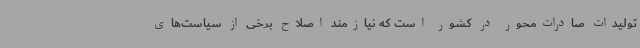
تولیدات صادرات‌محور در کشور است که نیازمند اصلاح برخی از سیاست‌های